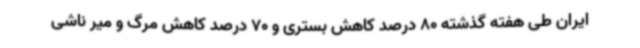
ایران طی هفته گذشته 80 درصد کاهش بستری و 70 درصد کاهش مرگ و میر ناشی